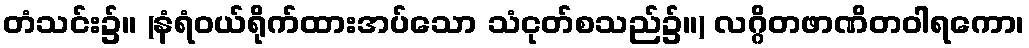
တံသင်း၌။ (နံရံဝယ်ရိုက်ထားအပ်သော သံငုတ်စသည်၌။) လဂ္ဂိတဖာဏိတဝါရကော၊